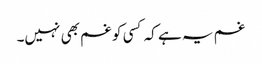
غم یہ ہے کہ کسی کو غم بھی نہیں۔